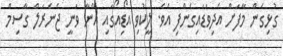
ގުޅިގެން މާފަށް އެދިވަޑައިގެންފި އެވެ. ލީކުވި އޯޑިއޯގައި އޭނާ ވަނީ ޖެނެރަލް ގާސިމް